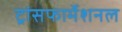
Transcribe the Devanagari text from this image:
ट्रांसफार्मेशनल